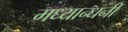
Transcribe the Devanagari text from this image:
मध्यान्धनी